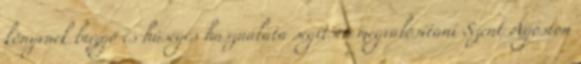
könyvnek buzgó és hűséges használata segítsen megvalósítani Szent Ágoston